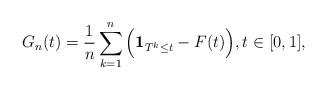
LaTeX: \begin{align*}G_n(t)=\frac 1 n \sum_{k=1}^n\Big({\mathbf 1}_{T^k \leq t}-F(t)\Big), t \in [0, 1],\end{align*}